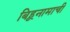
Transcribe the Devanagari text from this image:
बिहूनामाची